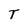
Character: T